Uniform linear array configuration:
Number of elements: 12
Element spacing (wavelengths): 1
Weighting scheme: hann
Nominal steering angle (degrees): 45
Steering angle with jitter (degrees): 45.392
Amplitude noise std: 0.05
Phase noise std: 0.05

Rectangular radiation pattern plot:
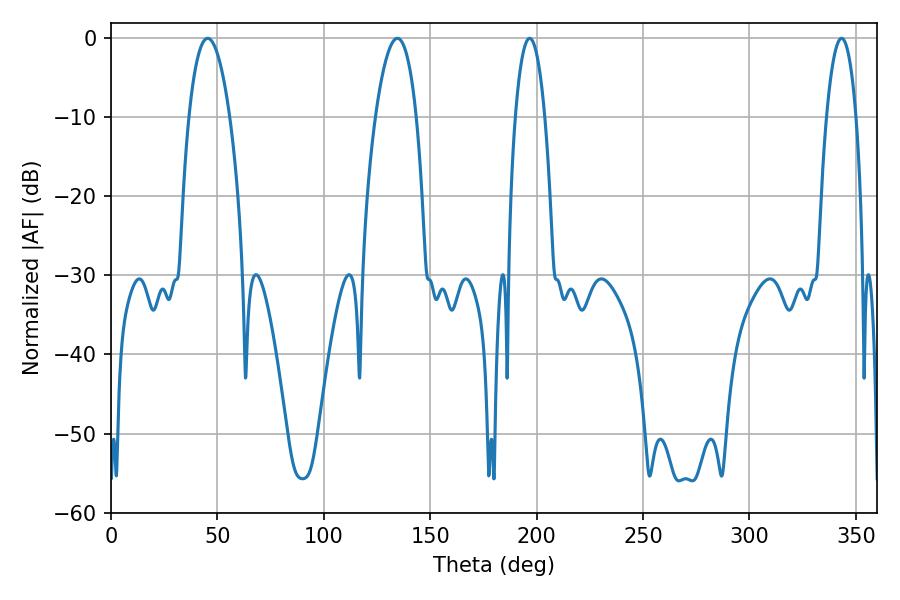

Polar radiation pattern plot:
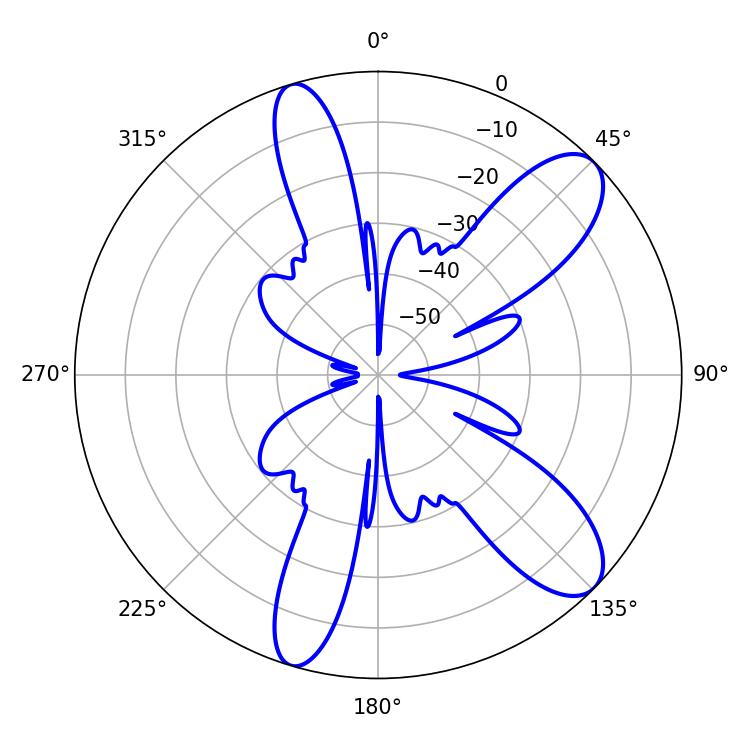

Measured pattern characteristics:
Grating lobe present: TRUE
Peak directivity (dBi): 9.981
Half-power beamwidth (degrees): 7.74
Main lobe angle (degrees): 196.74